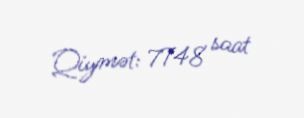
Qiymət: 7748 saat